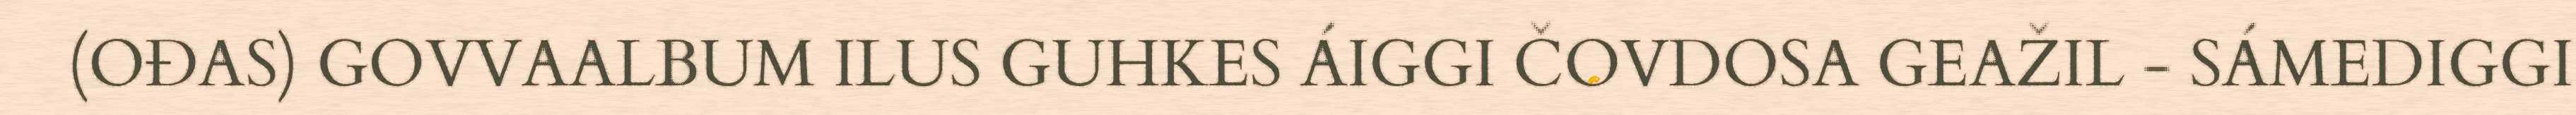
(OĐAS) GOVVAALBUM ILUS GUHKES ÁIGGI ČOVDOSA GEAŽIL - SÁMEDIGGI